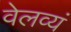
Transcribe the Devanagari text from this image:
वेलव्यं